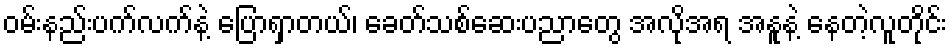
ဝမ်းနည်းပက်လက်နဲ့ ပြောရှာတယ်၊ ခေတ်သစ်ဆေးပညာတွေ အလိုအရ အနူနဲ့ နေတဲ့လူတိုင်း